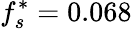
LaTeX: f_{s}^{*}=0.068